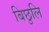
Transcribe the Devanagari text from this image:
बिछुलि